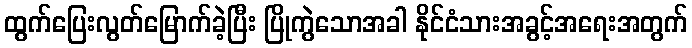
ထွက်ပြေးလွတ်မြောက်ခဲ့ပြီး ပြိုကွဲသောအခါ နိုင်ငံသားအခွင့်အရေးအတွက်